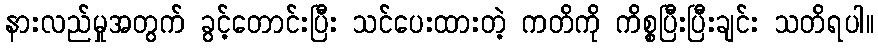
နားလည်မှုအတွက် ခွင့်တောင်းပြီး သင်ပေးထားတဲ့ ကတိကို ကိစ္စပြီးပြီးချင်း သတိရပါ။